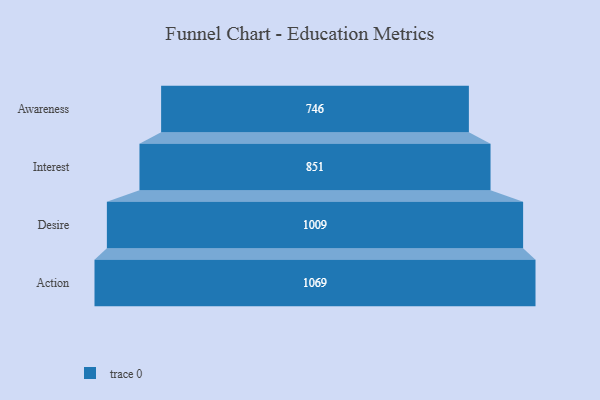
{"axis": {"x": "Stage", "y": "Value"}, "legend": [""], "data": [{"x": "Awareness", "y": 746.0, "type": ""}, {"x": "Interest", "y": 851.0, "type": ""}, {"x": "Desire", "y": 1009.0, "type": ""}, {"x": "Action", "y": 1069.0, "type": ""}]}